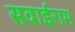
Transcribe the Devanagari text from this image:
सवाईराम